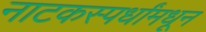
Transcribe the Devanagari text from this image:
नाटकस्पर्धांमधून